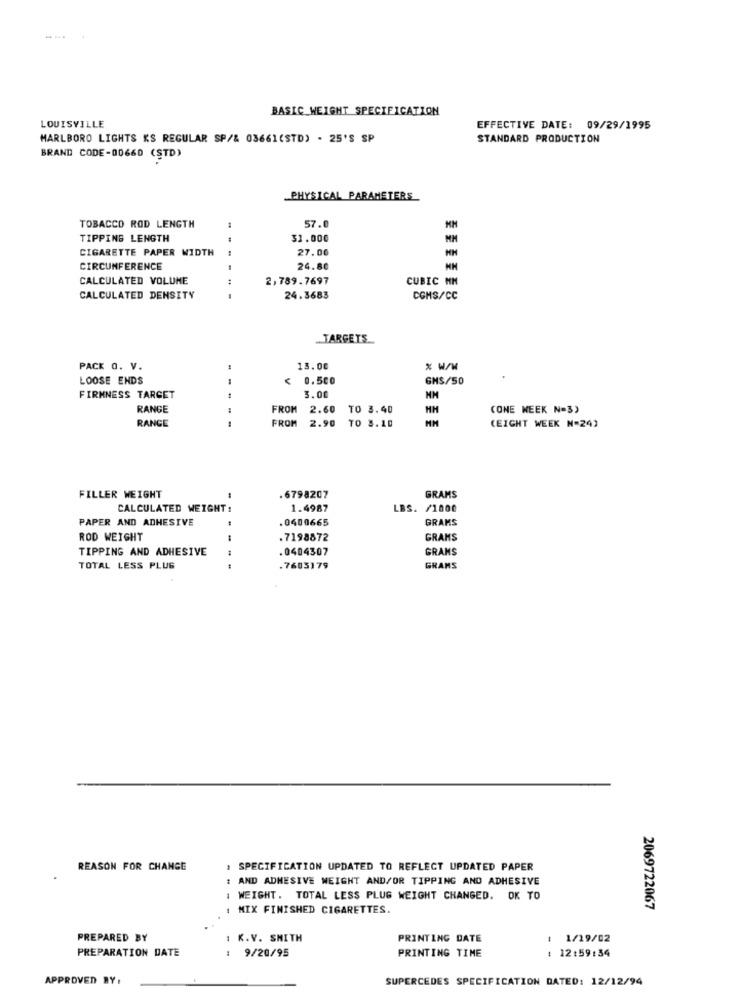
BASIC WEIGHT SPECIFICATION
LOUISVILLE
EFFECTIVE DATE: 09/29/1995
MARLBORO LIGHTS KS REGULAR SP/& 03661(STD) . 25'S SP
STANDARD PRODUCTION
BRAND CODE-00660 (STD)
PHYSICAL PARAMETERS
57.0
TOBACCO ROD LENGTH
TIPPING LENGTH
33.000
CIGARETTE PAPER WIDTH
27.00
CIRCUNFERENCE
24.80
CALCULATED VOLUME
2,789.7697
CUBIC MM
CALCULATED DENSITY
24.3683
CGMS/CC
.TARGETS
PACK O. V.
13.00
% W/M
LOOSE ENDS
--
0.5co
GHS/50
FIRMNESS TARGET
3.00
RANGE
FROM
2.60 TO 3.40
HH
(ONE WEEK N=3)
RANGE
FROM
--
2.90 TO 8.10
(EIGHT WEEK N=24)
FILLER WEIGHT
-
.6798207
GRAMS
CALCULATED WEIGHT:
1.4987
LBS. /1000
PAPER AND ADHESIVE
0400665
GRAMS
ROD WEIGHT
.7198872
GRAMS
TIPPING AND ADHESIVE
.0404307
GRANS
TOTAL LESS PLUG
.7603179
GRAMS
REASON FOR CHANGE
. SPECIFICATION UPDATED TO REFLECT UPDATED PAPER
: AND ADHESIVE WEIGHT AND/OR TIPPING AND ADHESIVE
1 WEIGHT. TOTAL LESS PLUG WEIGHT CHANGED. OK TO
1 MIX FINISHED CIGARETTES.
2069722067
PREPARED BY
1 K.V. SMITH
PRINTING DATE
1 1/19/02
PREPARATION DATE
: 9/20/95
PRINTING TIME
: 12:59:34
APPROVED BY:
SUPERCEDES SPECIFICATION DATED: 12/12/94